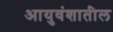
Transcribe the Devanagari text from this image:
आयुवंशातील